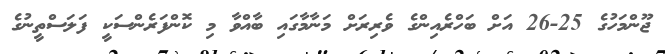
ޖޫންމަހުގެ 25-26 އަށް ބަހްރެއިންގެ ވެރިރަށް މަނާމާގައި ބާއްވާ މި ކޮންފަރެންސަކީ ފަލަސްތީނުގެ